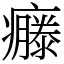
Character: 𤻴